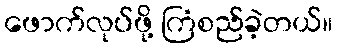
ဖောက်လုပ်ဖို့ ကြံစည်ခဲ့တယ်။